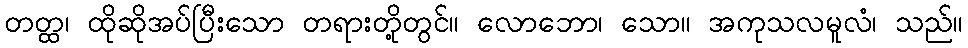
တတ္ထ၊ ထိုဆိုအပ်ပြီးသော တရားတို့တွင်။ လောဘော၊ သော။ အကုသလမူလံ၊ သည်။